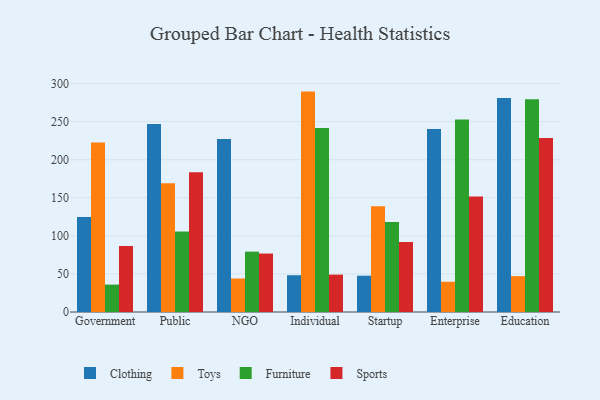
{"axis": {"x": "Segment", "y": "Active Users"}, "legend": ["Clothing", "Furniture", "Sports", "Toys"], "data": [{"x": "Government", "y": 124.8, "type": "Clothing"}, {"x": "Government", "y": 222.5, "type": "Toys"}, {"x": "Government", "y": 36.0, "type": "Furniture"}, {"x": "Government", "y": 86.6, "type": "Sports"}, {"x": "Public", "y": 247.1, "type": "Clothing"}, {"x": "Public", "y": 169.2, "type": "Toys"}, {"x": "Public", "y": 105.6, "type": "Furniture"}, {"x": "Public", "y": 183.5, "type": "Sports"}, {"x": "NGO", "y": 227.1, "type": "Clothing"}, {"x": "NGO", "y": 44.0, "type": "Toys"}, {"x": "NGO", "y": 79.3, "type": "Furniture"}, {"x": "NGO", "y": 76.8, "type": "Sports"}, {"x": "Individual", "y": 48.3, "type": "Clothing"}, {"x": "Individual", "y": 289.5, "type": "Toys"}, {"x": "Individual", "y": 241.8, "type": "Furniture"}, {"x": "Individual", "y": 49.1, "type": "Sports"}, {"x": "Startup", "y": 47.7, "type": "Clothing"}, {"x": "Startup", "y": 138.8, "type": "Toys"}, {"x": "Startup", "y": 118.3, "type": "Furniture"}, {"x": "Startup", "y": 91.9, "type": "Sports"}, {"x": "Enterprise", "y": 240.5, "type": "Clothing"}, {"x": "Enterprise", "y": 39.8, "type": "Toys"}, {"x": "Enterprise", "y": 253.0, "type": "Furniture"}, {"x": "Enterprise", "y": 151.6, "type": "Sports"}, {"x": "Education", "y": 281.0, "type": "Clothing"}, {"x": "Education", "y": 47.1, "type": "Toys"}, {"x": "Education", "y": 279.4, "type": "Furniture"}, {"x": "Education", "y": 228.5, "type": "Sports"}]}